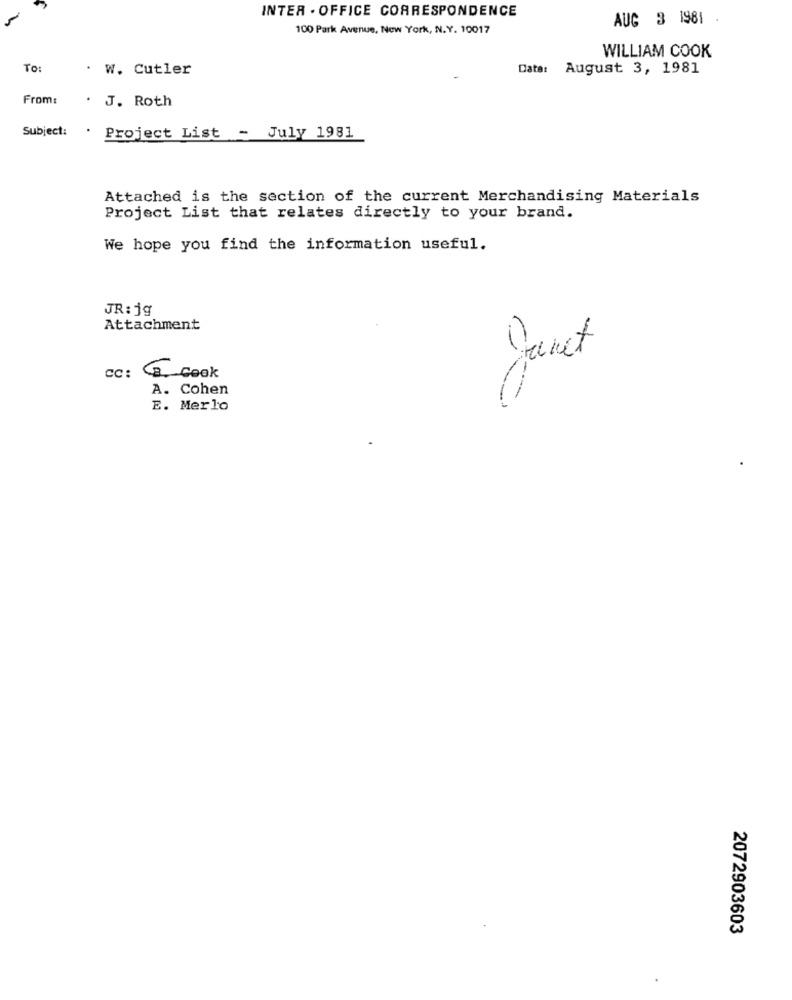
INTER . OFFICE CORRESPONDENCE
AUG 3 1981 .
100 Park Avenue, New York, N.Y. 10017
WILLIAM COOK
TO:
. W. Cutler
Date: August 3, 1981
From:
. J. Roth
Subject:
Project List - July 1981
Attached is the section of the current Merchandising Materials
Project List that relates directly to your brand.
We hope you find the information useful.
JR: j9
Attachment
Janet
Cc: B Cook
A. Cohen
E. Merlo
2072903603